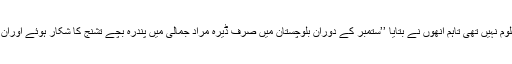
ہیلری باور کو تشنج کے نتیجے میں ہلاک ہونے والے کل نوزائیدہ بچوں کی تعداد اگرچہ معلوم نہیں تھی تاہم انھوں نے بتایا ’’ستمبر کے دوران بلوچستان میں صرف ڈیرہ مراد جمالی میں پندرہ بچے تشنج کا شکار ہوئے اوران میں سے نصف ہلاک ہو گئے جس سے صورت حال کی سنگینی کا اندازہ لگایا جاسکتا ہے۔